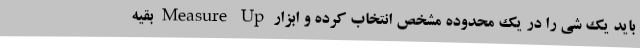
باید یک شی را در یک محدوده مشخص انتخاب کرده و ابزار Measure Up بقیه